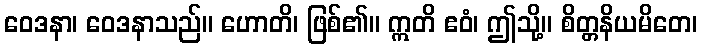
ဝေဒနာ၊ ဝေဒနာသည်။ ဟောတိ၊ ဖြစ်၏။ ဣတိ ဧဝံ၊ ဤသို့။ စိတ္တနိယမိတေ၊